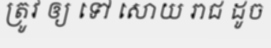
ត្រូវ ឲ្យ ទៅ សោយ រាជ ដូច